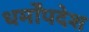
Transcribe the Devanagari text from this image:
धर्मोंपदेश